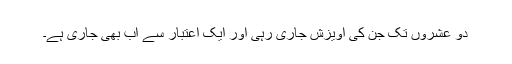
دو عشروں تک جن کی آویزش جاری رہی اور ایک اعتبار سے اب بھی جاری ہے۔